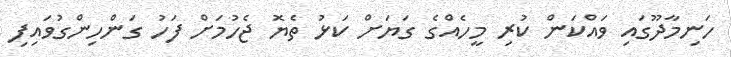
ހަނިމާދޫގައި ވައްކަން ކުރި މީހެއްގެ ގަޔަށް ކަޅު ތެޔޮ ޖެހުމަށް ފަހު ގަންހިންގުވައިފި